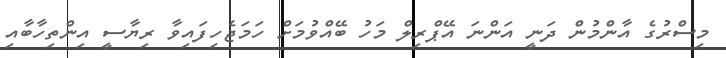
މިސްރުގެ އާންމުން ދަނީ އަންނަ އޭޕްރިލް މަހު ބޭއްވުމަށް ހަމަޖެހިފައިވާ ރިޔާސީ އިންތިހާބާއި